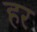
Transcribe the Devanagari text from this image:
हर